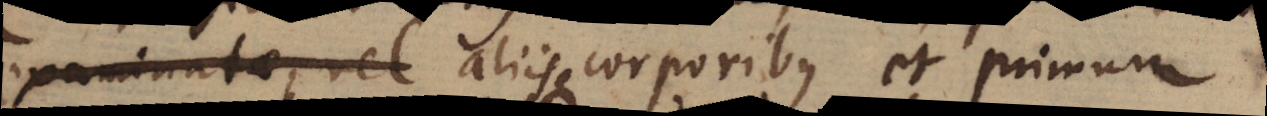
examinate vel aliisque corporibus et primum